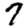
Digit: 7